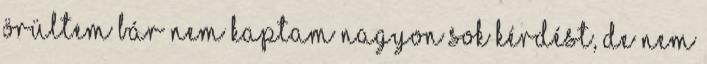
örültem bár nem kaptam nagyon sok kérdést, de nem